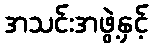
အသင်းအဖွဲ့နှင့်